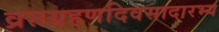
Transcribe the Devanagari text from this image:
व्रतग्रहणदिवसादारभ्य